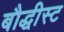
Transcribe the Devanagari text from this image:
बौद्धीस्ट